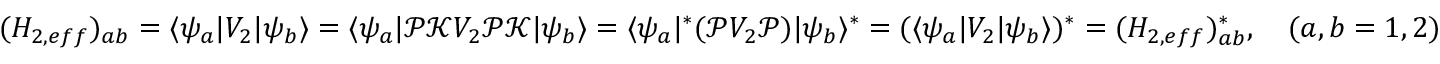
\begin{array} { r } { ( H _ { 2 , e f f } ) _ { a b } = \langle \psi _ { a } | V _ { 2 } | \psi _ { b } \rangle = \langle \psi _ { a } | \mathcal P \mathcal K V _ { 2 } \mathcal P \mathcal K | \psi _ { b } \rangle = \langle \psi _ { a } | ^ { \ast } ( \mathcal P V _ { 2 } \mathcal P ) | \psi _ { b } \rangle ^ { \ast } = ( \langle \psi _ { a } | V _ { 2 } | \psi _ { b } \rangle ) ^ { \ast } = ( H _ { 2 , e f f } ) _ { a b } ^ { \ast } , \quad ( a , b = 1 , 2 ) } \end{array}